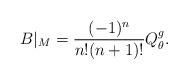
LaTeX: \begin{align*}B|_M=\frac{(-1)^n}{n!(n+1)!}Q^g_\theta.\end{align*}